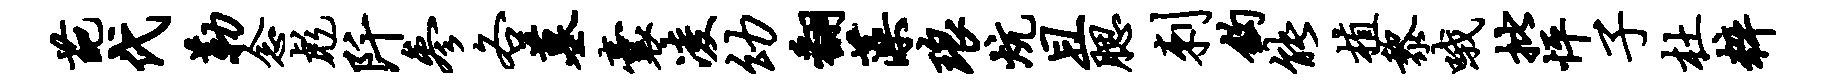
葩代勒念彪阡参各墓囊凌幼翻藻琅炕且腮刺钩能植黎哦批怦子杜粹